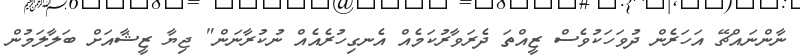
ނާންނައްޗޭ އަހަރެން ދުވަހަކުވެސް ޒީއްތަ ދެރަވާރުކަމެއް އެނގިހުރެއެއް ނުކުރާނަން" ޖިޔާ ޒީޝާއަށް ބަލާލަމުން